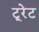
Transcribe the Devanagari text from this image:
टूरेट